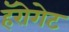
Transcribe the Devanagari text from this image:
हॅरोगेट